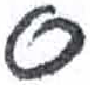
אות: ס